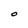
Character: O